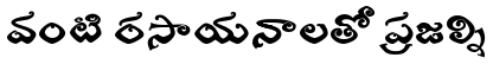
వంటి రసాయనాలతో ప్రజల్ని